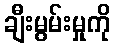
ချီးမွမ်းမှုကို